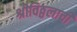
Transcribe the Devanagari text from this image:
श्रीविठ्ठलाची